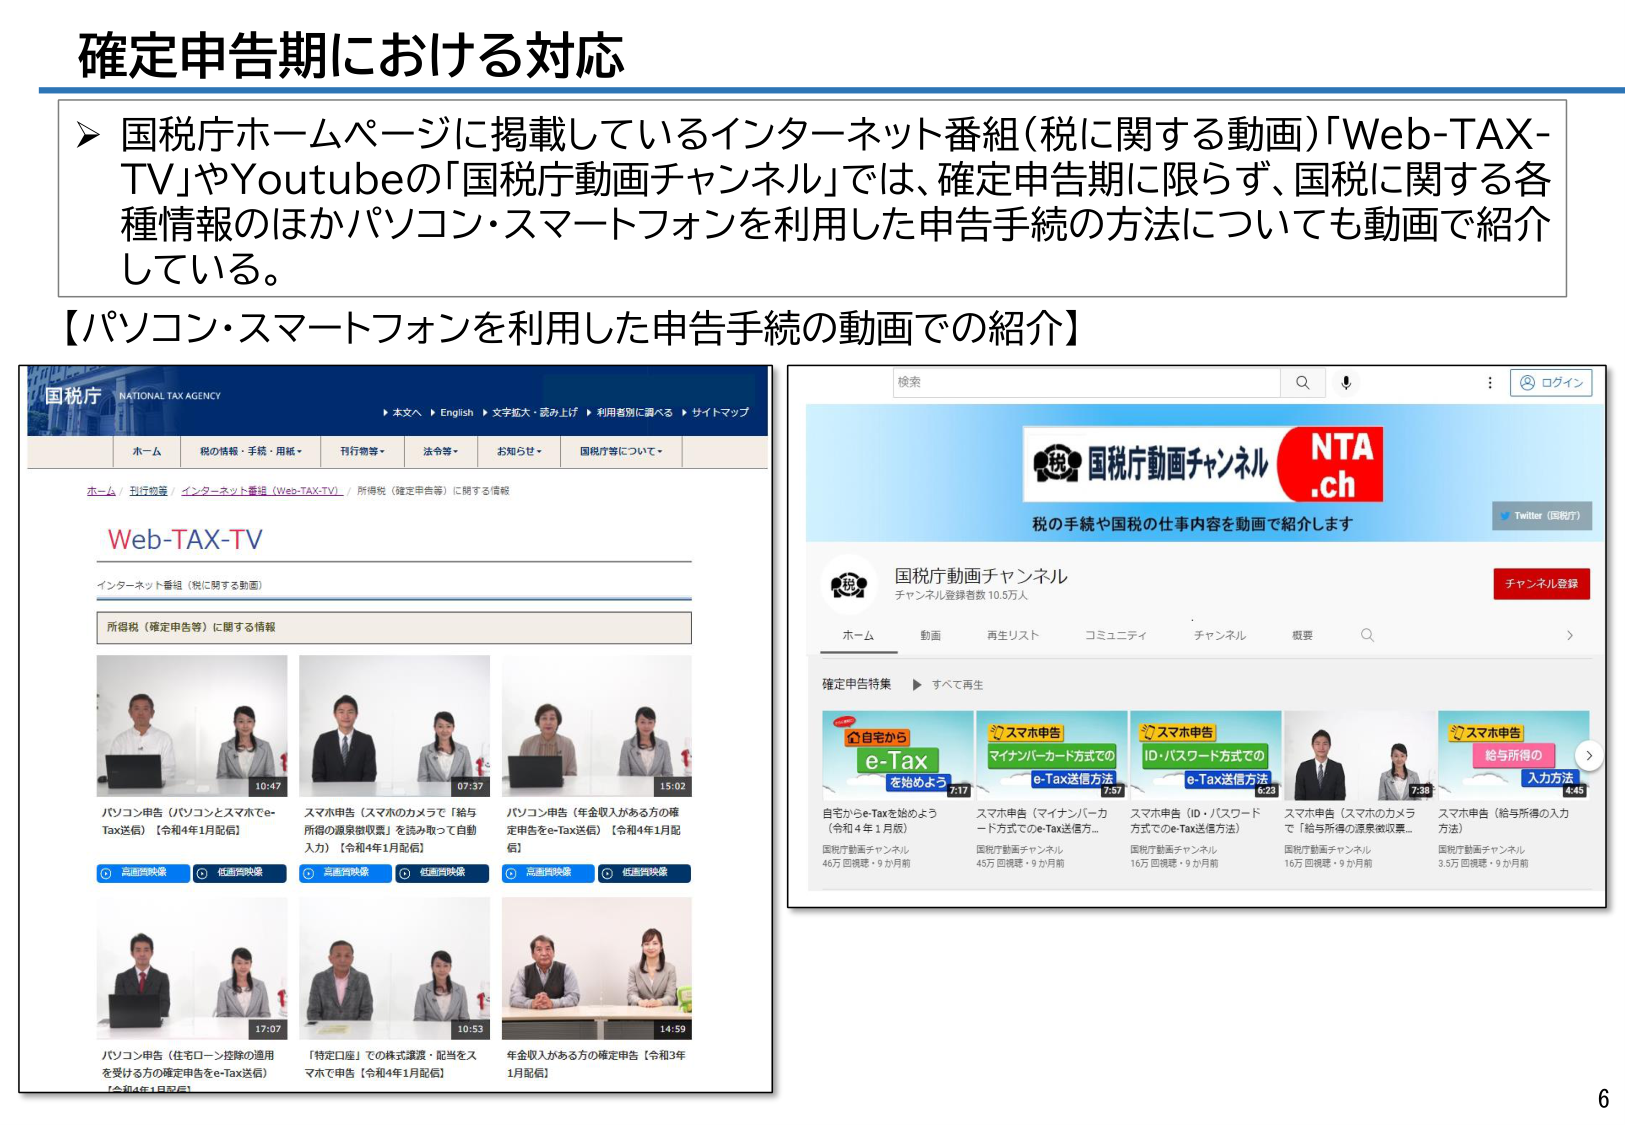
確定申告期における対応

▶ 国税庁ホームページに掲載しているインターネット番組（税に関する動画）「Web-TAX-TV」やYoutubeの「国税庁動画チャンネル」では、確定申告期に限らず、国税に関する各種情報のほかパソコン・スマートフォンを利用した申告手続の方法についても動画で紹介している。

【パソコン・スマートフォンを利用した申告手続の動画での紹介】

国税庁 NATIONAL TAX AGENCY
▶ 本文へ ▶ English ▶ 文字拡大・読み上げ ▶ 利用者別に調べる ▶ サイトマップ
ホーム 税の情報・手続・用紙・ 行行指導・ 法令等・ お知らせ・ 国税庁等について・
ホーム / 行行政策 / インターネット番組（Web-TAX-TV） / 所得税（確定申告等）に関する情報

Web-TAX-TV
インターネット番組（税に関する動画）
所得税（確定申告等）に関する情報

パソコン申告（パソコンとスマホでe-Tax送信）【令和4年1月配信】 10:47
スマホ申告（スマホのカメラで「給与所得の源泉徴収票」を読み取って自動入力）【令和4年1月配信】 07:37
パソコン申告（年金収入がある方の確定申告をe-Tax送信）【令和4年1月配信】 15:02
パソコン申告（住宅ローン控除の適用を受ける方の確定申告をe-Tax送信）【令和4年1月配信】 17:07
「特定口座」での株式譲渡・配当をスマホで申告【令和4年1月配信】 10:53
年金収入がある方の確定申告【令和3年1月配信】 14:59

検索
ログイン

税 国税庁動画チャンネル NTA.ch
税の手続や国税の仕事内容を動画で紹介します
Twitter（国税庁）

国税庁動画チャンネル
チャンネル登録者数 10.5万人
チャンネル登録

ホーム 動画 再生リスト コミュニティ チャンネル 概要

確定申告特集 ▶ すべて再生

自宅から e-Tax を始めよう 7:17
スマホ申告 マイナンバーカード方式での e-Tax送信方法 7:57
スマホ申告 ID・パスワード方式での e-Tax送信方法 6:23
スマホ申告（スマホのカメラで「給与所得の源泉徴収票」 7:38
スマホ申告（給与所得の入力方法） 4:45

自宅からe-Taxを始めよう（令和4年1月版） 国税庁動画チャンネル 46万回視聴・9か月前
スマホ申告（マイナンバーカード方式でのe-Tax送信方法） 国税庁動画チャンネル 45万回視聴・9か月前
スマホ申告（ID・パスワード方式でのe-Tax送信方法） 国税庁動画チャンネル 16万回視聴・9か月前
スマホ申告（スマホのカメラで「給与所得の源泉徴収票」 国税庁動画チャンネル 16万回視聴・9か月前
スマホ申告（給与所得の入力方法） 国税庁動画チャンネル 3.5万回視聴・9か月前

6